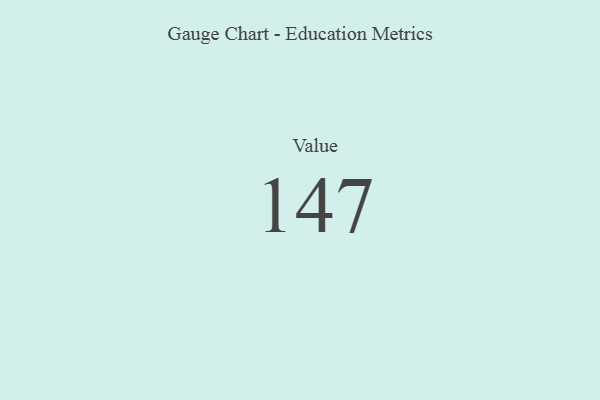
{"axis": {"x": "Metric", "y": "Value"}, "legend": [""], "data": [{"x": "Value", "y": 147, "type": ""}]}